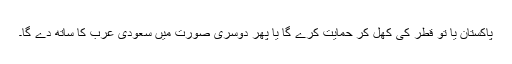
پاکستان یا تو قطر کی کھل کر حمایت کرے گا یا پھر دوسری صورت میں سعودی عرب کا ساتھ دے گا۔